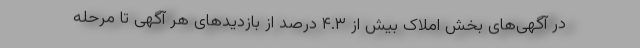
در آگهی‌های بخش املاک بیش از ۴.۳ درصد از بازدیدهای هر آگهی تا مرحله